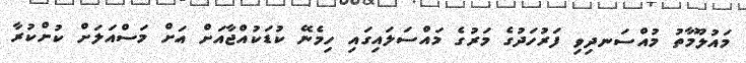
މައުލޫމާތު މުއްސަނދިވި ފަރުހަދުގެ މަރުގެ މައްސަލައިގައި ހިމެނޭ ކުޑަކުއްޖާއަށް އަށް މަސްއަލަށް ކުށްކުރާ